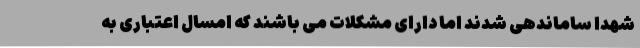
شهدا ساماندهی شدند اما دارای مشکلات می باشند که امسال اعتباری به